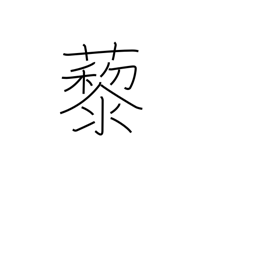
Meaning: wild spinach